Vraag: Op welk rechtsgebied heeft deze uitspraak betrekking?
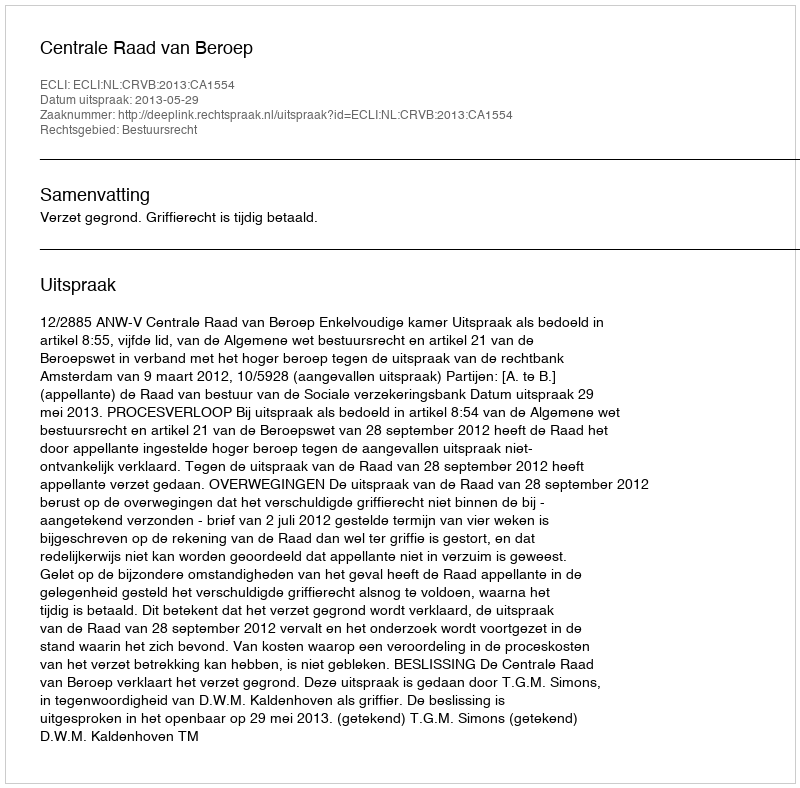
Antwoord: Bestuursrecht